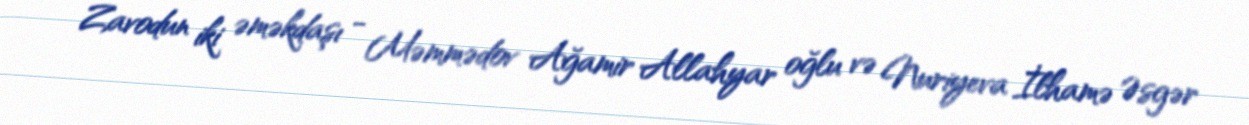
Zavodun iki əməkdaşı - Məmmədov Ağamir Allahyar oğlu və Nuriyeva İlhamə Əsgər